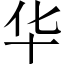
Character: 华